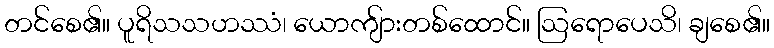
တင်စေ၏။ ပူရိသသဟဿံ၊ ယောကျ်ားတစ်ထောင်။ ဩရောပေသိ၊ ချစေ၏။